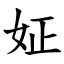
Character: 姃